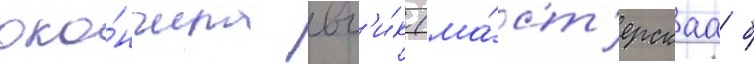
око́нчила вг'и́к (ма́ст'ерскаа б